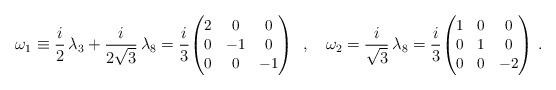
LaTeX: \begin{align*} \omega_1 \equiv \dfrac{i}{2}\,\lambda_3+\dfrac{i}{2\sqrt{3}}\,\lambda_8 = \dfrac{i}{3}\small{\begin{pmatrix} 2 & 0 & 0\\ 0 & -1 & 0\\ 0 & 0 & -1 \end{pmatrix}} \ \ , \ \ \ \omega_2 = \dfrac{i}{\sqrt{3}}\,\lambda_8 = \dfrac{i}{3}\small{\begin{pmatrix} 1 & 0 & 0\\ 0 & 1 & 0\\ 0 & 0 & -2 \end{pmatrix}}\ .\end{align*}